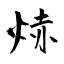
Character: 焃